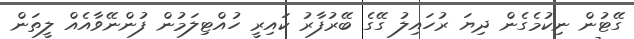
ގޭޓުން ނިކުމެގެން ދިޔަ ރުހައިލު ގޭގެ ބޭރުފާރު ކައިރީ ހުއްޓިލަމުން ފުންނޭވާއެއް ލީތަން